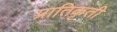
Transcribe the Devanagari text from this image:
प्रातिकृती